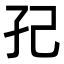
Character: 𭒼